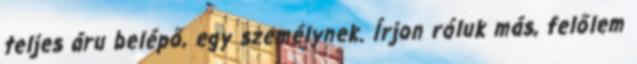
teljes áru belépő, egy személynek. Írjon róluk más, felőlem